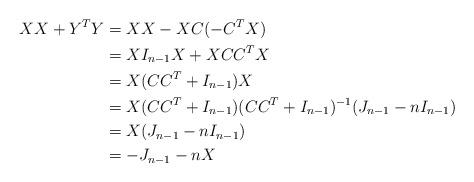
LaTeX: \begin{align*} XX+Y^TY & = XX-XC(-C^TX) \\ & = XI_{n-1}X+XCC^TX \\ & = X(CC^T+I_{n-1})X \\ & = X(CC^T+I_{n-1})(CC^T+I_{n-1})^{-1}(J_{n-1}-nI_{n-1}) \\ & = X(J_{n-1}-nI_{n-1}) \\ & = -J_{n-1}-nX\end{align*}